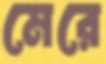
মেরে